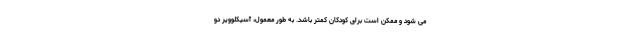
می شود و ممکن است برای کودکان کمتر باشد. به طور معمول، آسیکلوویر دو